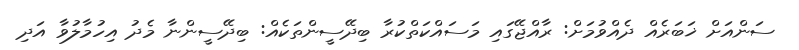
ސަންއަށް ޚަބަރެއް ދެއްވުމަށް: ރާއްޖޭގައި މަސައްކަތްކުރާ ބިދޭސީންތަކެއް: ބިދޭސީންނާ މެދު އިހުމާލުވާ އަދި